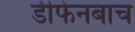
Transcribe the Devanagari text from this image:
डीफेनबाच